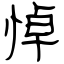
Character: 悼